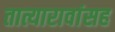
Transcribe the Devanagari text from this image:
तात्यारावांसह